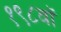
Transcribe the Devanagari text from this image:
१९८वॉ